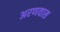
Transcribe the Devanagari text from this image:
अरणवास